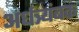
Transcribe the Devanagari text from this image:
अर्धत्र्यंबक